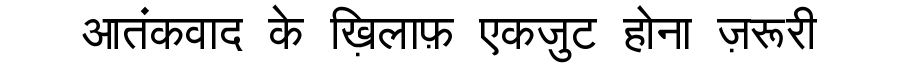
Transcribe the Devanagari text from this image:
आतंकवाद के ख़िलाफ़ एकजुट होना ज़रूरी